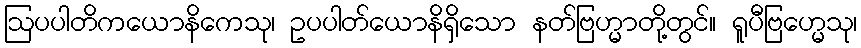
ဩပပါတိကယောနိကေသု၊ ဥပပါတ်ယောနိရှိသော နတ်ဗြဟ္မာတို့တွင်။ ရူပီဗြဟ္မေသု၊